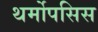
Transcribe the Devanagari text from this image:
थर्मोपसिस